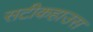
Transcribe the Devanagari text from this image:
सटीकहाउस